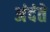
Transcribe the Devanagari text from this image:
अंदंते